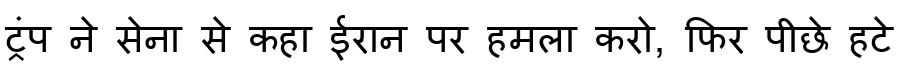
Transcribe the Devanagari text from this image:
ट्रंप ने सेना से कहा ईरान पर हमला करो, फिर पीछे हटे